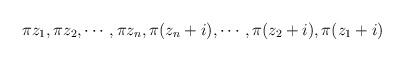
LaTeX: \begin{align*}\pi z_1,\pi z_2,\cdots, \pi z_n,\pi (z_n+i),\cdots,\pi (z_2+i),\pi (z_1+i)\end{align*}